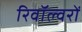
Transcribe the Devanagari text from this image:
रिवॉल्वरों